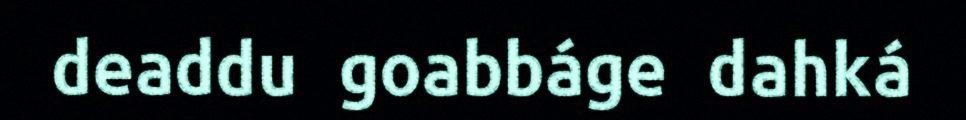
deaddu goabbáge dahká